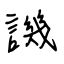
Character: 譏